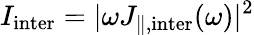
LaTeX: I_{\mathrm{inter}}=|\omega J_{\parallel,\mathrm{inter}}(\omega)|^{2}